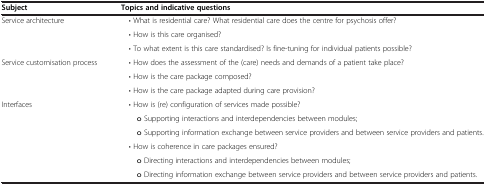
<table><thead><tr><td><b>Subject</b></td><td><b>Topics and indicative questions</b></td></tr></thead><tbody><tr><td rowspan="3">Service architecture</td><td> • What is residential care? What residential care does the centre for psychosis offer?</td></tr><tr><td> • How is this care organised?</td></tr><tr><td> • To what extent is this care standardised? Is fine-tuning for individual patients possible?</td></tr><tr><td rowspan="3">Service customisation process</td><td> • How does the assessment of the (care) needs and demands of a patient take place?</td></tr><tr><td> • How is the care package composed?</td></tr><tr><td> • How is the care package adapted during care provision?</td></tr><tr><td rowspan="6">Interfaces</td><td> • How is (re) configuration of services made possible?</td></tr><tr><td>o Supporting interactions and interdependencies between modules;</td></tr><tr><td>o Supporting information exchange between service providers and between service providers and patients.</td></tr><tr><td> • How is coherence in care packages ensured?</td></tr><tr><td>o Directing interactions and interdependencies between modules;</td></tr><tr><td>o Directing information exchange between service providers and between service providers and patients.</td></tr></tbody></table>